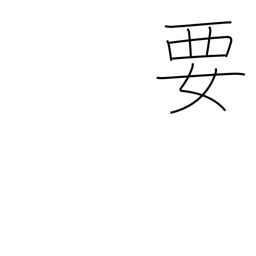
Meaning: need